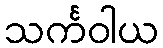
သင်္ကဝါယ